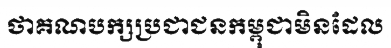
ថាគណបក្សប្រជាជនកម្ពុជាមិនដែល